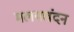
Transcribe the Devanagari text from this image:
मलयचंदन